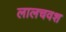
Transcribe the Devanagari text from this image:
लालचवश